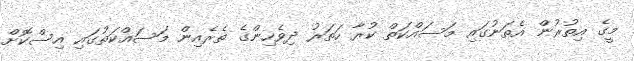
މީގެ އިތުރުން އެތަނުގައި މަސައްކަތް ކުރާ ހަތަރު ދިވެހިންގެ ތެރެއިން މަސައްކަތުގައި އިސްކޮށް